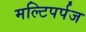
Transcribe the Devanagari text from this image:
मल्टिपर्पज